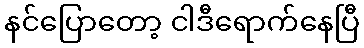
နင်ပြောတော့ ငါဒီရောက်နေပြီ